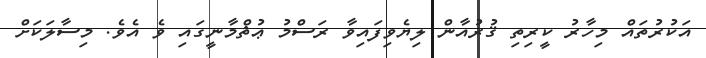
އަކުރުތައް މިހާރު ކީރިތި ޤުރުއާން ލިޔެވިފައިވާ ރަސްމު ޢުޘްމާނީގައި ވެ އެވެ. މިސާލަކަށް